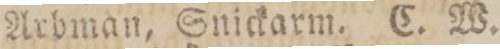
Arbman, Snickarm. C. W.